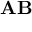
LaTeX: \mathbf { A } \mathbf { B }